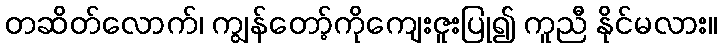
တဆိတ်လောက်၊ ကျွန်တော့်ကိုကျေးဇူးပြု၍ ကူညီ နိုင်မလား။